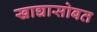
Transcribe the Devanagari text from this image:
खाद्यासोबत